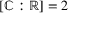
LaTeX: [ \mathbb { C } : \mathbb { R } ] = 2